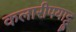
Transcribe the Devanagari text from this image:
कलारीपयाट्टू